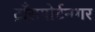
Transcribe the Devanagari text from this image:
ट्राँसपोर्टनगर